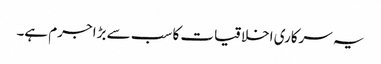
یہ سرکاری اخلاقیات کا سب سے بڑا جرم ہے۔